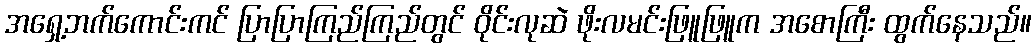
အရှေ့ဘက်ကောင်းကင် ပြာပြာကြည်ကြည်တွင် ဝိုင်းလုဆဲ ဖိုးလမင်းဖြူဖြူက အစောကြီး ထွက်နေသည်။